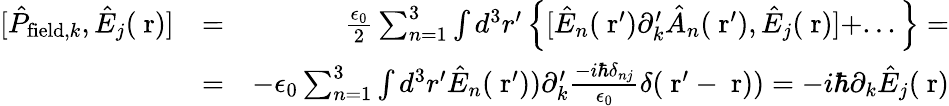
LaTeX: \begin{array}{rlr}{[\hat{P}_{\mathrm{field},k},\hat{E}_{j}(\mathrm{\mathbf~r})]}&{=}&{\frac{\epsilon_{0}}{2}\sum_{n=1}^{3}\int d^{3}r^{\prime}\left\{ [\hat{E}_{n}(\mathrm{\mathbf~r}^{\prime})\partial_{k}^{\prime}\hat{A}_{n}(\mathrm{\mathbf~r}^{\prime}),\hat{E}_{j}(\mathrm{\mathbf~r})]+...\right\} =}\\ &{=}&{-\epsilon_{0}\sum_{n=1}^{3}\int d^{3}r^{\prime}\hat{E}_{n}(\mathrm{\mathbf~r}^{\prime}))\partial_{k}^{\prime}\frac{-i\hbar\delta_{nj}}{\epsilon_{0}}\delta(\mathrm{\mathbf~r}^{\prime}-\mathrm{\mathbf~r}))=-i\hbar\partial_{k}\hat{E}_{j}(\mathrm{\mathbf~r})}\end{array}